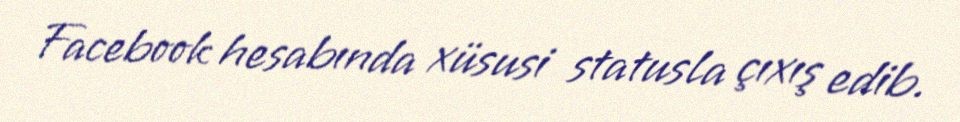
Facebook hesabında xüsusi statusla çıxış edib.